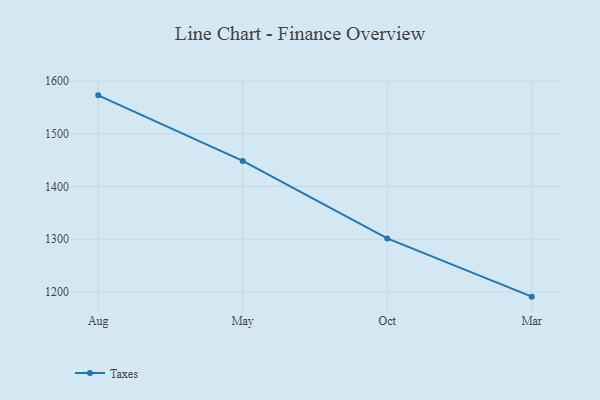
{"axis": {"x": "Month", "y": "Latency (ms)"}, "legend": ["Taxes"], "data": [{"x": "Aug", "y": 1573.0, "type": "Taxes"}, {"x": "May", "y": 1448.6, "type": "Taxes"}, {"x": "Oct", "y": 1301.5, "type": "Taxes"}, {"x": "Mar", "y": 1191.0, "type": "Taxes"}]}